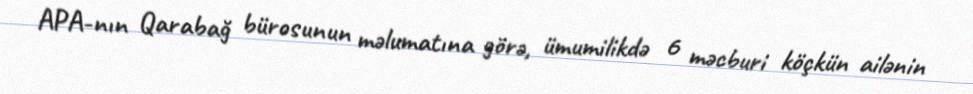
APA-nın Qarabağ bürosunun məlumatına görə, ümumilikdə 6 məcburi köçkün ailənin